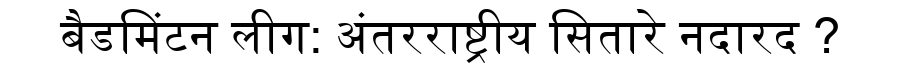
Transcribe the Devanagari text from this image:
बैडमिंटन लीग: अंतरराष्ट्रीय सितारे नदारद ?